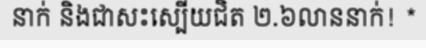
នាក់ និងជាសះស្បើយជិត ២.៦លាននាក់! *